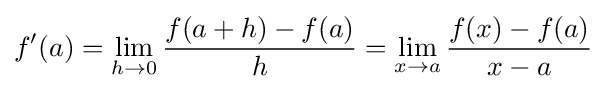
f'(a)=\lim _{h\to 0}{\frac {f(a+h)-f(a)}{h}}=\lim _{x\to a}{\frac {f(x)-f(a)}{x-a}}